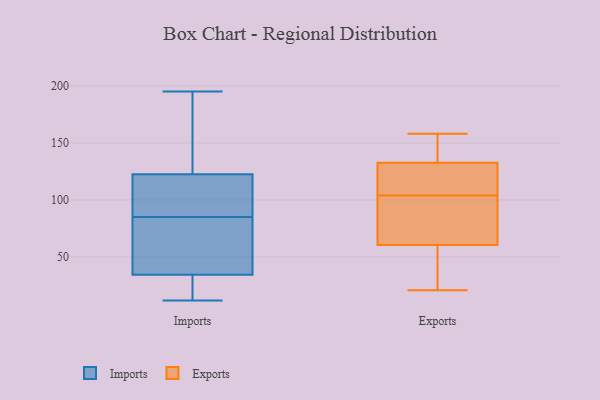
{"axis": {"x": "Gross Profit (USD K)", "y": "Value"}, "legend": ["Exports", "Imports"], "data": [{"x": "", "y": 100, "type": "Imports"}, {"x": "", "y": 116, "type": "Imports"}, {"x": "", "y": 36, "type": "Imports"}, {"x": "", "y": 190, "type": "Imports"}, {"x": "", "y": 34, "type": "Imports"}, {"x": "", "y": 123, "type": "Imports"}, {"x": "", "y": 46, "type": "Imports"}, {"x": "", "y": 121, "type": "Imports"}, {"x": "", "y": 18, "type": "Imports"}, {"x": "", "y": 61, "type": "Imports"}, {"x": "", "y": 17, "type": "Imports"}, {"x": "", "y": 85, "type": "Imports"}, {"x": "", "y": 195, "type": "Imports"}, {"x": "", "y": 12, "type": "Imports"}, {"x": "", "y": 179, "type": "Imports"}, {"x": "", "y": 94, "type": "Exports"}, {"x": "", "y": 158, "type": "Exports"}, {"x": "", "y": 124, "type": "Exports"}, {"x": "", "y": 28, "type": "Exports"}, {"x": "", "y": 110, "type": "Exports"}, {"x": "", "y": 104, "type": "Exports"}, {"x": "", "y": 145, "type": "Exports"}, {"x": "", "y": 99, "type": "Exports"}, {"x": "", "y": 112, "type": "Exports"}, {"x": "", "y": 32, "type": "Exports"}, {"x": "", "y": 135, "type": "Exports"}, {"x": "", "y": 21, "type": "Exports"}, {"x": "", "y": 126, "type": "Exports"}, {"x": "", "y": 89, "type": "Exports"}, {"x": "", "y": 156, "type": "Exports"}, {"x": "", "y": 144, "type": "Exports"}, {"x": "", "y": 104, "type": "Exports"}, {"x": "", "y": 51, "type": "Exports"}, {"x": "", "y": 44, "type": "Exports"}]}